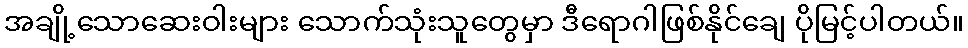
အချို့သောဆေးဝါးများ သောက်သုံးသူတွေမှာ ဒီရောဂါဖြစ်နိုင်ချေ ပိုမြင့်ပါတယ်။